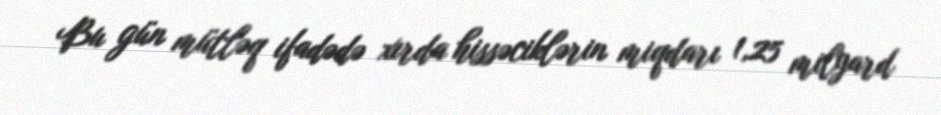
Bu gün mütləq ifadədə xırda hissəciklərin miqdarı 1,25 milyard